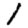
Digit: 1